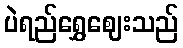
ပဲရည်ရွှေဈေးသည်